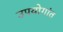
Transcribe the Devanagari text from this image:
उपयोगांत